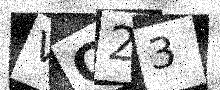
Text: VO23